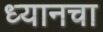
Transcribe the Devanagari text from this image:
ध्यानचा